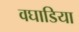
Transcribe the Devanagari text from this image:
वघाडिया